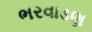
ભરવાડણ